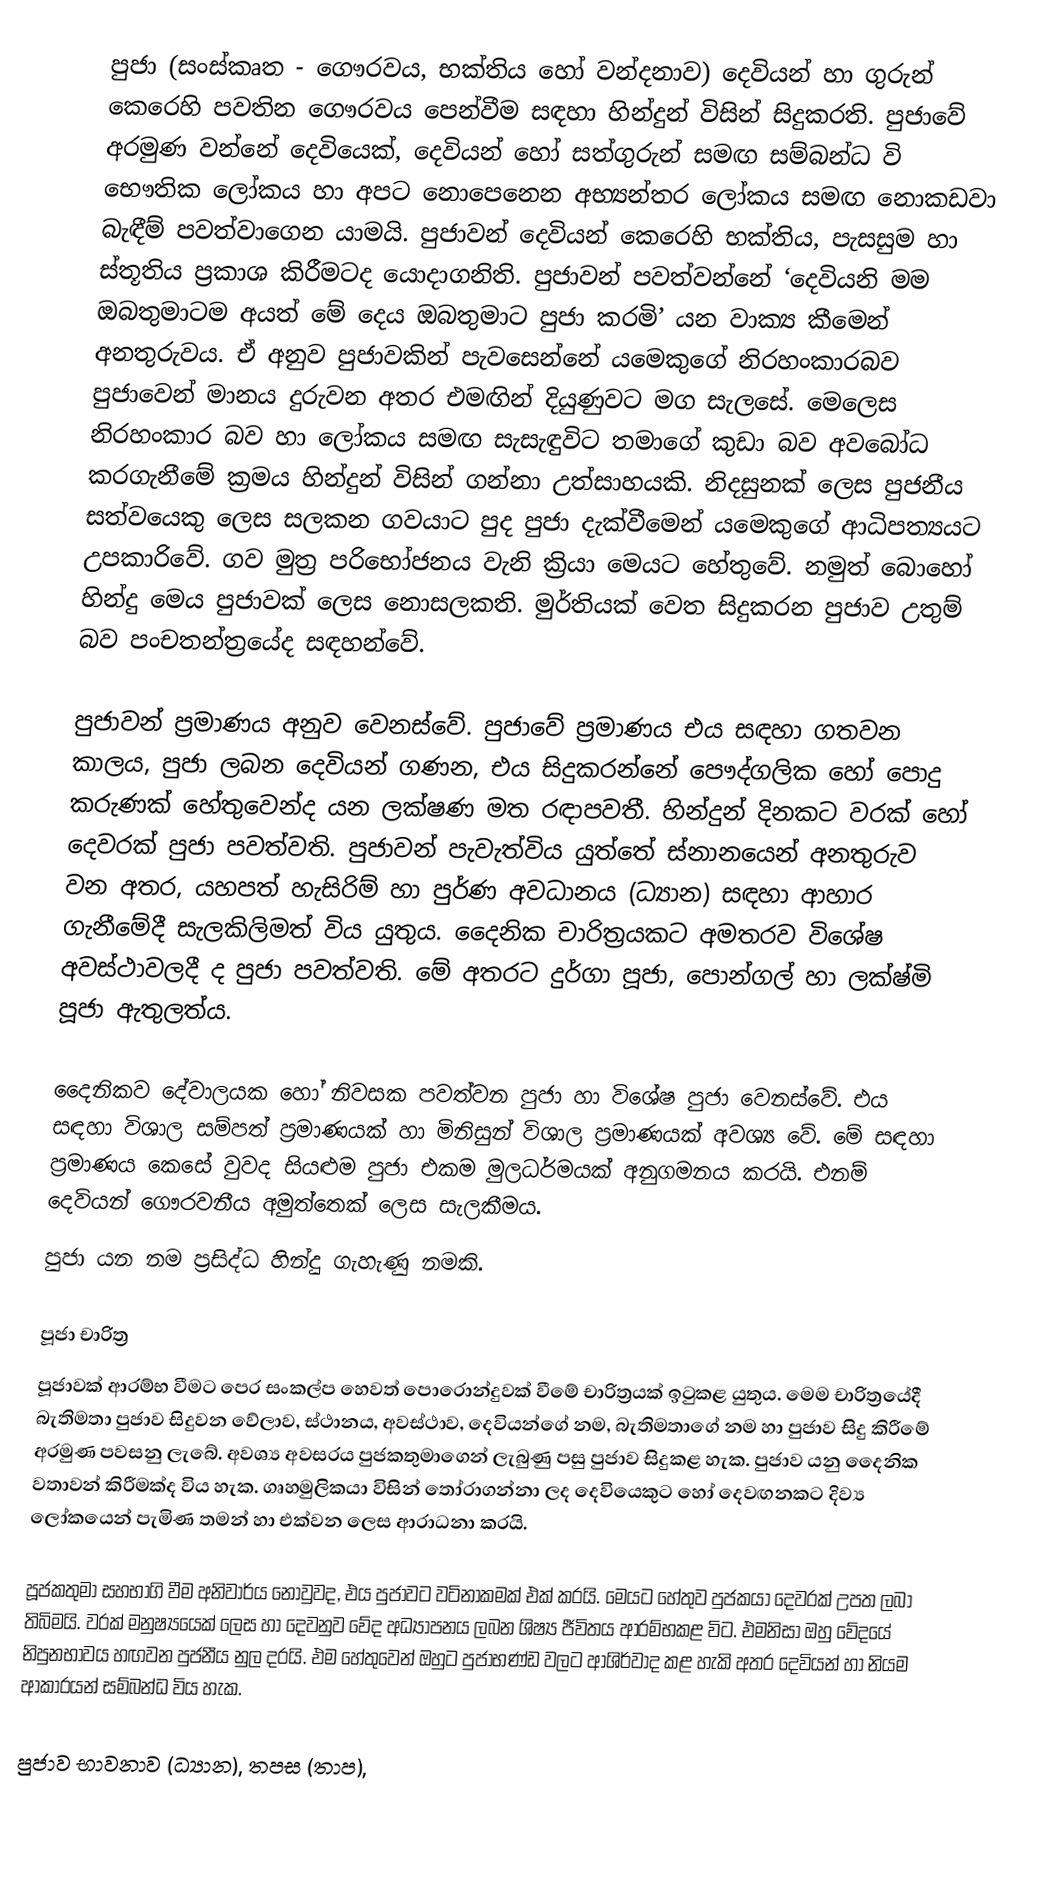
පුජා (සංස්කෘත - ගෞරවය, භක්තිය හෝ වන්දනාව) දෙවියන් හා ගුරුන් කෙරෙහි පවතින ගෞරවය පෙන්වීම සඳහා හින්දුන් විසින් සිදුකරති. පුජාවේ අරමුණ වන්නේ දෙවියෙක්, දෙවියන් හෝ සත්ගුරුන් සමඟ සම්බන්ධ වි භෞතික ලෝකය හා අපට නොපෙනෙන අභ්‍යන්තර ලෝකය සමඟ නොකඩවා බැඳීම් පවත්වාගෙන යාමයි. පුජාවන් දෙවියන් කෙරෙහි භක්තිය, පැසසුම හා ස්තූතිය ප්‍රකාශ කිරීමටද යොදාගනිති. පුජාවන් පවත්වන්නේ ‘දෙවියනි ‍මම ඔබතුමාටම අයත් මේ දෙය ඔබතුමාට පුජා කරමි’ යන වාක්‍ය කීමෙන් අනතුරුවය. ඒ අනුව පුජාවකින් පැවසෙන්නේ යමෙකුගේ නිරහංකාරබව පුජාවෙන් මානය දුරුවන අතර එමඟින් දියුණුවට මග සැලසේ. මෙලෙස නිරහංකාර බව ‍හා ‍ලෝකය සමඟ සැසැඳුවිට තමාගේ කුඩා බව අවබෝධ කරගැනීමේ ක්‍රමය හින්දුන් විසින් ගන්නා උත්සාහයකි. නිදසුනක් ලෙස පුජනීය සත්වයෙකු ලෙස සලකන ගවයාට පුද පුජා දැක්වීමෙන් ‍යමෙකුගේ ආධිපත්‍යයට උපකාරිවේ. ගව මුත්‍ර පරිභෝජනය වැනි ක්‍රියා මෙයට හේතුවේ. නමුත් බොහෝ හින්දු මෙය පුජාවක් ලෙස නොසලකති. මුර්තියක් වෙත සිදුකරන  පුජාව උතුම් බව පංචතන්ත්‍රයේද සඳහන්වේ.

පුජාවන් ප්‍රමාණය අනුව වෙනස්වේ. පුජාවේ ප්‍රමාණය එය සඳහා ගතවන කාලය, පුජා ලබන දෙවියන් ගණන, එය සිදුකරන්නේ පෞද්ගලික හෝ පොදු කරුණක් හේතුවෙන්ද යන ලක්ෂණ මත රඳාපවතී. හින්දුන් දිනකට වරක් හෝ දෙවරක් පුජා පවත්වති. පුජාවන් පැවැත්විය යුත්තේ ස්නානයෙන් අනතුරුව වන අතර, යහපත් හැසිරිම් හා පුර්ණ අවධානය (ධ්‍යාන) සඳහා ආහාර ගැනීමේදී සැලකිලිමත් විය යුතුය. දෛනික චාරිත්‍රයකට අමතරව විශේෂ අවස්ථාවලදී ද පුජා පවත්වති. මේ අතරට දුර්ගා පූජා, පොන්ගල් හා ලක්ෂ්මි පූජා ඇතුලත්ය.

දෛනිකව දේවාලයක හෝ නිවසක පවත්වන පුජා හා විශේෂ පුජා වෙනස්වේ. එය සඳහා විශාල සම්පත් ප්‍රමාණයක් හා මිනිසුන් විශාල ප්‍රමාණයක් අවශ්‍ය වේ. මේ සඳහා ප්‍රමාණය කෙසේ වුවද සියළුම පුජා එකම මුලධර්මයක් අනුගමනය කරයි. එනම් දෙවියන් ගෞරවනීය අමුත්තෙක් ලෙස සැලකීමය.
පුජා යන නම ප්‍රසිද්ධ හින්දු ගැහැණු නමකි.

පූජා චාරිත්‍ර
පූජාවක් ආරම්භ වීමට පෙර සංකල්ප හෙවත් පොරොන්දුවක් වීමේ චාරිත්‍රයක් ඉටුකළ යුතුය. මෙම චාරිත්‍රයේදී බැතිමතා පුජාව සිදුවන වේලාව, ස්ථානය, අවස්ථාව, දෙවියන්ගේ නම, බැතිමතාගේ නම හා පුජාව සිදු කිරීමේ අරමුණ පවසනු ලැබේ. අවශ්‍ය අවසරය පුජකතුමාගෙන් ලැබුණු පසු පුජාව සිදුකළ හැක. පුජාව යනු දෛනික වතාවන් කිරීමක්ද විය හැක. ‍ගෘහමුලිකයා විසින් තෝරාගන්නා ලද දෙවියෙකුට හෝ දෙවඟනකට දිව්‍ය ලෝකයෙන් පැමිණ තමන් හා එක්වන ලෙස ආරාධනා කරයි.

පූජකතුමා සහභාගි වීම අනිවාර්ය නොවුවද, එය පුජාවට වටිනාකමක් එක් කරයි. මෙයට හේතුව පුජකයා දෙවරක් උපත ලබා තිබිමයි. වරක් මනුෂ්‍යයෙක් ලෙස හා දෙවනුව වේද අධ්‍යාපනය ලබන ශිෂ්‍ය ජීවිතය ආරම්භකළ විට. එමනිසා ඔහු වේදයේ නිපුනභාවය හඟවන පුජනීය නුල දරයි. එම හේතුවෙන් ඔහුට පුජාභණ්ඩ වලට ආශිර්වාද කළ හැකි අතර දෙවියන් හා නියම ආකාරයන් සම්බන්ධ විය හැක.

පුජාව භාවනාව (ධ්‍යාන), තපස (තාප),